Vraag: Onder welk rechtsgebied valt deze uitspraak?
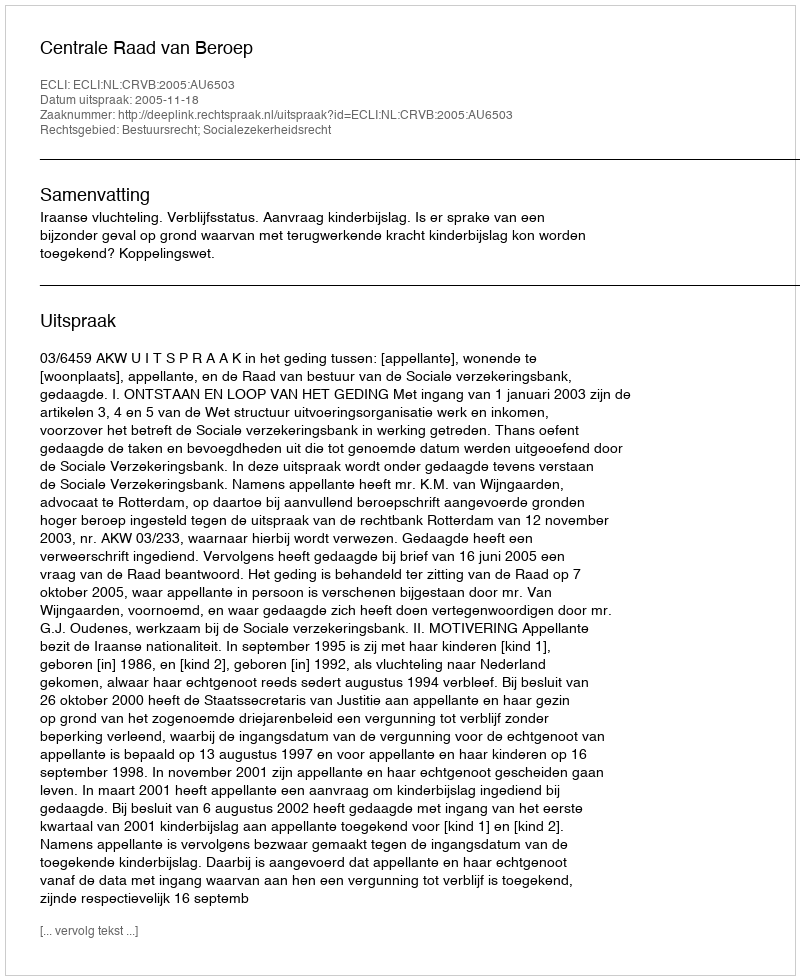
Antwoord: Bestuursrecht; Socialezekerheidsrecht